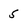
Character: 5